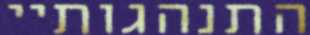
התנהגותיי